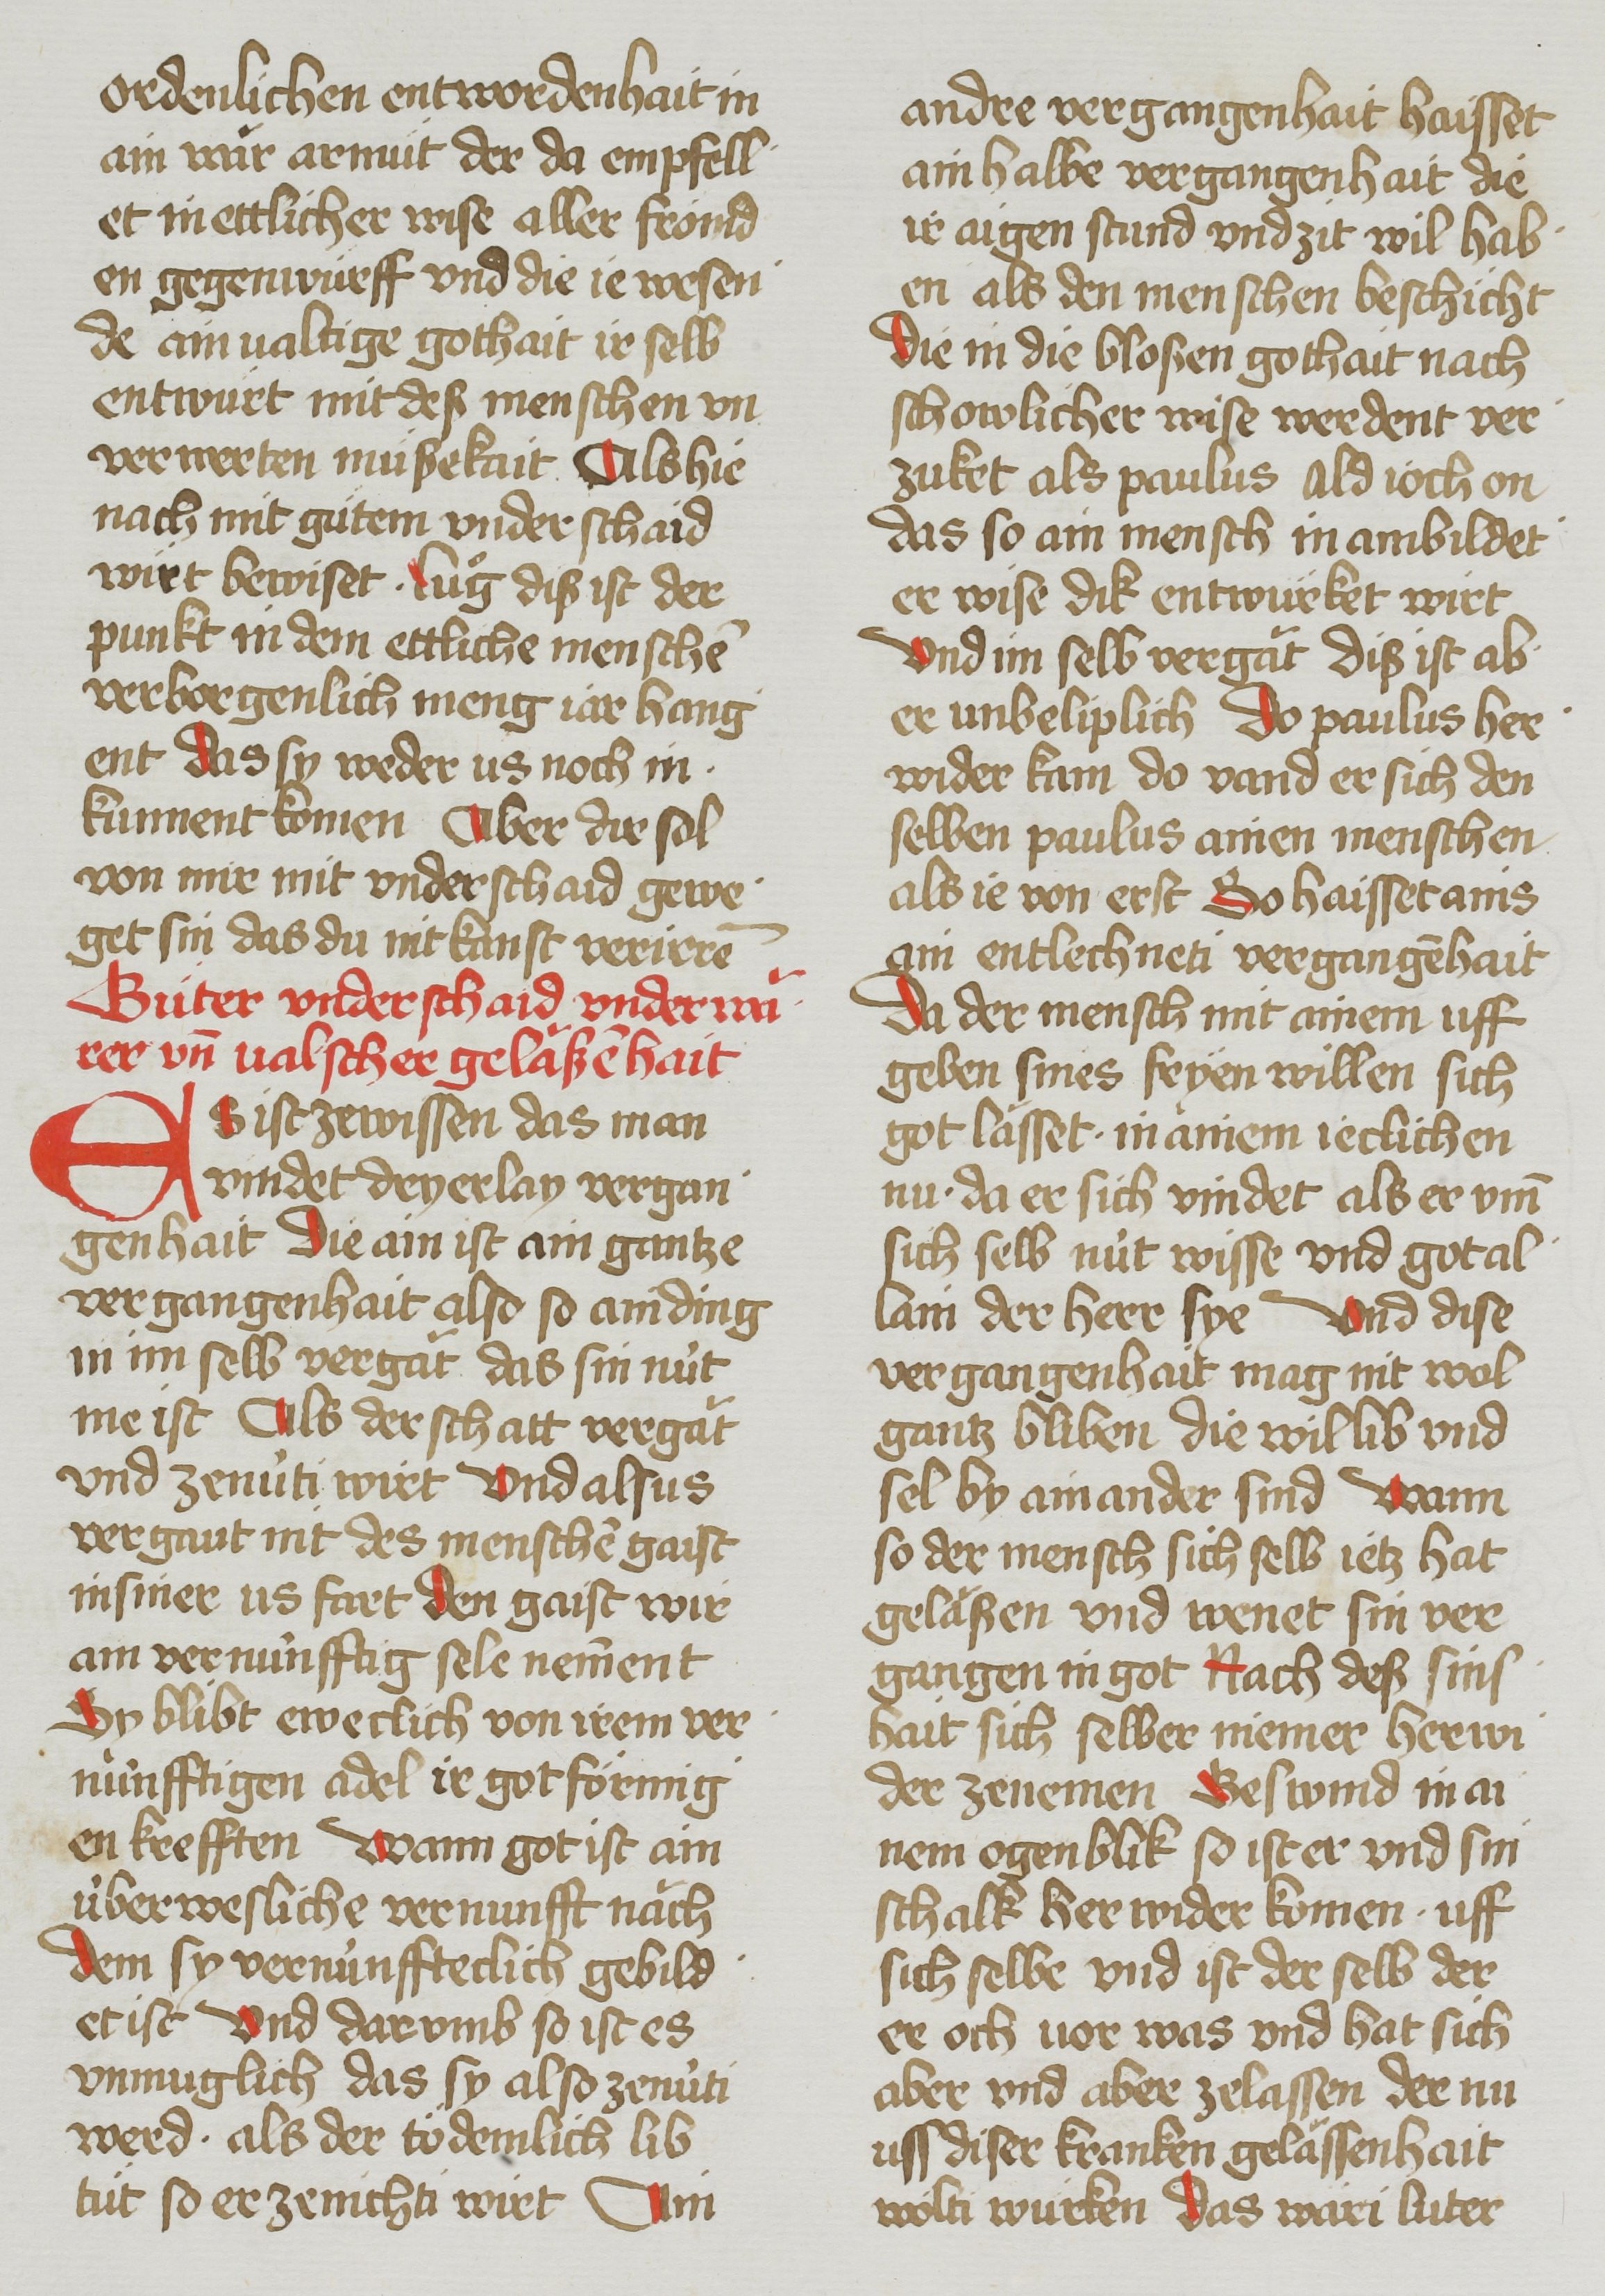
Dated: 1485–1495